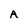
Character: A